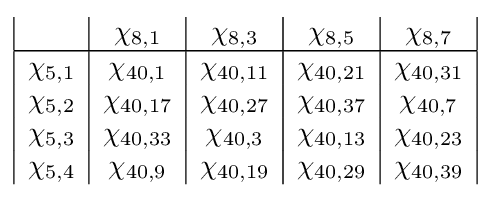
{\begin{array}{|c|c|c|c|c|c|c|}&\chi _{8,1}&\chi _{8,3}&\chi _{8,5}&\chi _{8,7}\\\hline \chi _{5,1}&\chi _{40,1}&\chi _{40,11}&\chi _{40,21}&\chi _{40,31}\\\chi _{5,2}&\chi _{40,17}&\chi _{40,27}&\chi _{40,37}&\chi _{40,7}\\\chi _{5,3}&\chi _{40,33}&\chi _{40,3}&\chi _{40,13}&\chi _{40,23}\\\chi _{5,4}&\chi _{40,9}&\chi _{40,19}&\chi _{40,29}&\chi _{40,39}\\\end{array}}